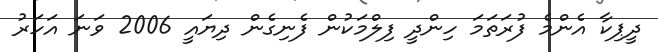
ދީޕިކާ އެންމެ ފުރަތަމަ ހިންދީ ފިލްމަކުން ފެނިގެން ދިޔައީ 2006 ވަނަ އަހަރު